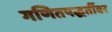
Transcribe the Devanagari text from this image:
गणितपद्धतींवर